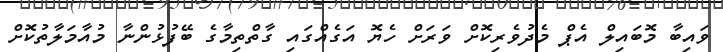
ވައިބާ މޮބައިލް އެޕް މެދުވެރިކޮށް ވަރަށް ހެޔޮ އަގެއްގައި ގާތްތިމާގެ ބޭފުޅުންނާ މުއާމަލާތުކޮށް